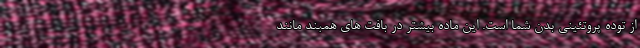
از توده پروتئینی بدن شما است. این ماده بیشتر در بافت های همبند مانند